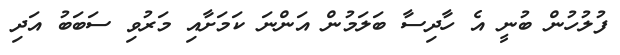
ފުލުހުން ބުނީ އެ ހާދިސާ ބަލަމުން އަންނަ ކަމަށާއި މަރުވި ސަބަބު އަދި